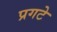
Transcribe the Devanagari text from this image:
प्रगटे